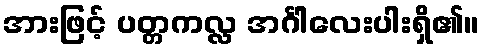
အားဖြင့် ပတ္တကလ္လ အင်္ဂါလေးပါးရှိ၏။